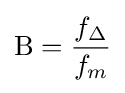
\mathrm {B} ={\frac {f_{\Delta }}{f_{m}}}